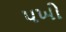
પખો